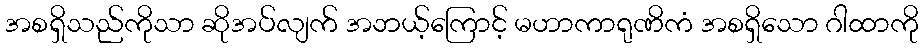
အစရှိသည်ကိုသာ ဆိုအပ်လျက် အဘယ့်ကြောင့် မဟာကာရုဏိကံ အစရှိသော ဂါထာကို